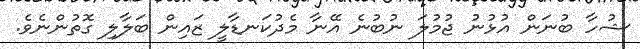
ޝުހާ ބުނަން އުޅުނު ޖުމުލަ ނުބުނެ އޭނާ މެދުކަނޑާލީ ޒައިން ބަލާލި ގޮތުންނެވެ.